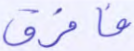
فافرق